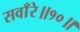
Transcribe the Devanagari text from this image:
सवाँरे॥१०॥